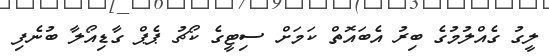
ލީގު ގެއްލުމުގެ ބިރު އެބައޮތް ކަމަށް ސިޓީގެ ކޯޗު ޕެޕް ގާޑިއޯލާ ބުނެފި